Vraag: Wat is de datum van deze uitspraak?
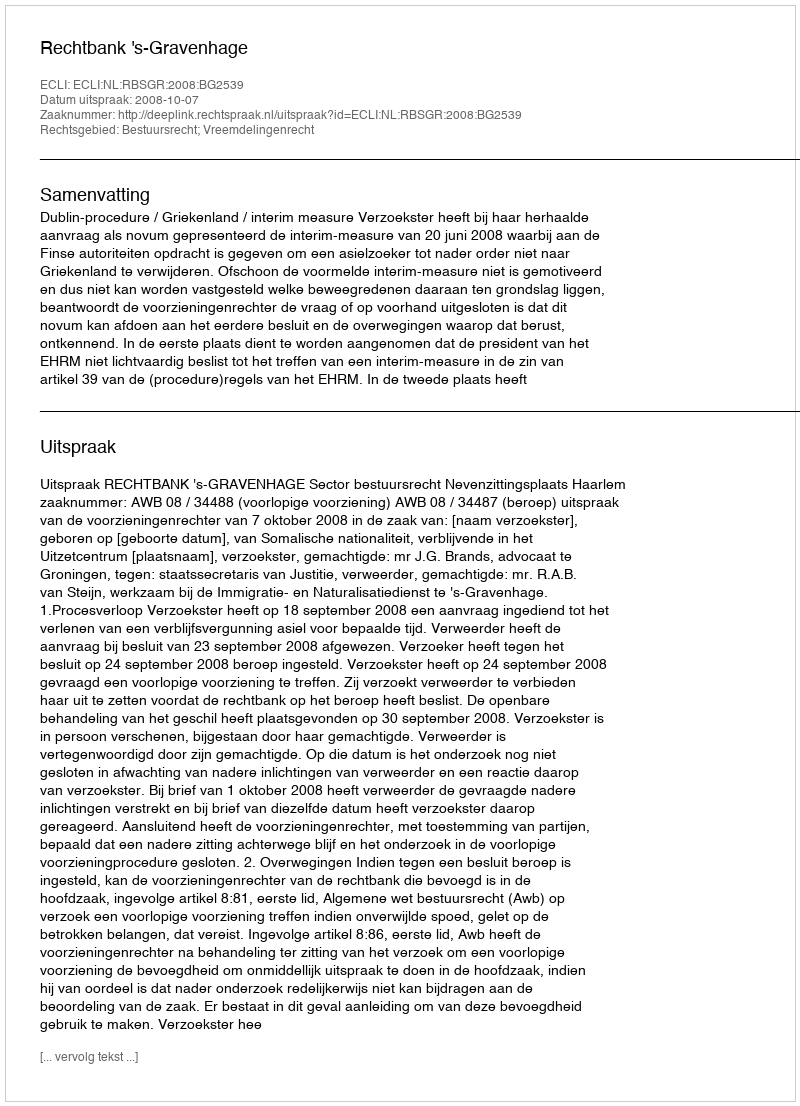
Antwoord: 2008-10-07